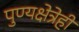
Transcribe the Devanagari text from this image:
पुण्यक्षेत्रेही